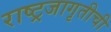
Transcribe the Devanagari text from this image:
राष्ट्रजागृतीची